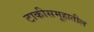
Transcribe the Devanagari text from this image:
टाकीसमूहातील